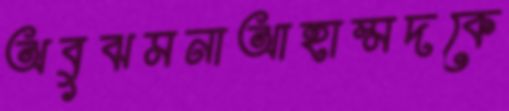
অবুঝমনাআহাম্মদকে